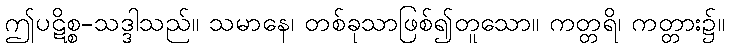
ဤပဋိစ္စ-သဒ္ဒါသည်။ သမာနေ၊ တစ်ခုသာဖြစ်၍တူသော။ ကတ္တရိ၊ ကတ္တား၌။